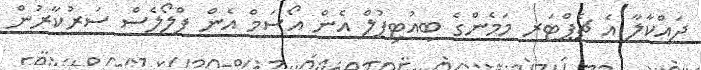
ދައްކާލާ އެ ޗެޕްޓަރ މަމެންގެ ބިއުޓިފުލް އެން އޯސަމް އެން ފްލޯލެސް ސަރުކާރުން